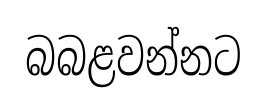
බබළවන්නට